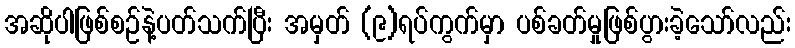
အဆိုပါဖြစ်စဉ်နဲ့ပတ်သက်ပြီး အမှတ် (၉)ရပ်ကွက်မှာ ပစ်ခတ်မှုဖြစ်ပွားခဲ့သော်လည်း